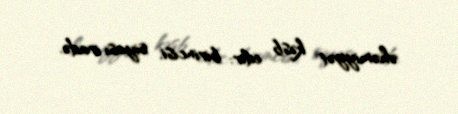
əhəmiyyət kəsb edir: birincisi, siyası iradə.